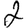
Digit: 2